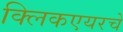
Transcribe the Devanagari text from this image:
क्लिकएयरचे